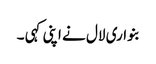
بنواری لال نے اپنی کہی ۔